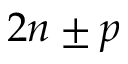
2 n \pm p